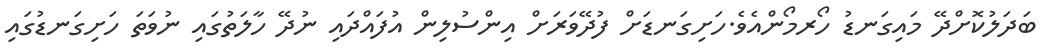
ބަދަލުކޮށްދޭ މައިގަނޑު ހޯރމޯންއެވެ.ހަށިގަނޑަށް ފުދޭވަަރަށް އިންސުލިން އުފައްދައި ނުދޭ ހާލަތުގައި ނުވަތަ ހަށިގަނޑުގައި